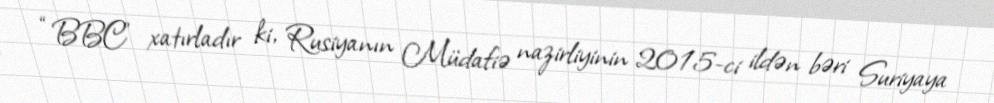
“BBC” xatırladır ki, Rusiyanın Müdafiə nazirliyinin 2015-ci ildən bəri Suriyaya